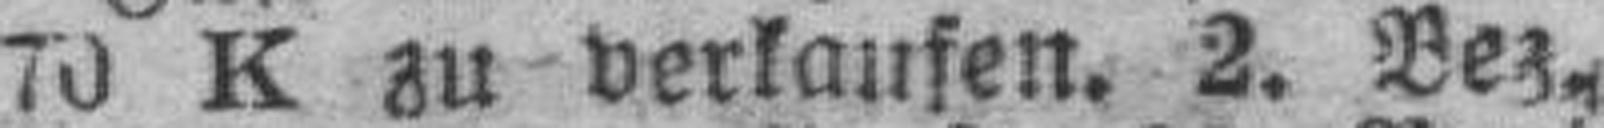
70 K zu verlaufen. 2. Bez.